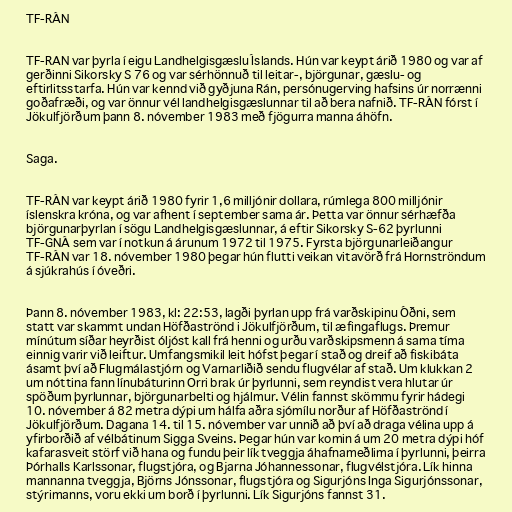
TF-RÁN

TF-RAN var þyrla í eigu Landhelgisgæslu Íslands. Hún var keypt árið 1980 og var af
gerðinni Sikorsky S 76 og var sérhönnuð til leitar-, björgunar, gæslu- og
eftirlitsstarfa. Hún var kennd við gyðjuna Rán, persónugerving hafsins úr norrænni
goðafræði, og var önnur vél landhelgisgæslunnar til að bera nafnið. TF-RÁN fórst í
Jökulfjörðum þann 8. nóvember 1983 með fjögurra manna áhöfn.

Saga.

TF-RÁN var keypt árið 1980 fyrir 1,6 milljónir dollara, rúmlega 800 milljónir
íslenskra króna, og var afhent í september sama ár. Þetta var önnur sérhæfða
björgunarþyrlan í sögu Landhelgisgæslunnar, á eftir Sikorsky S-62 þyrlunni
TF-GNÁ sem var í notkun á árunum 1972 til 1975. Fyrsta björgunarleiðangur
TF-RÁN var 18. nóvember 1980 þegar hún flutti veikan vitavörð frá Hornströndum
á sjúkrahús í óveðri.

Þann 8. nóvember 1983, kl: 22:53, lagði þyrlan upp frá varðskipinu Óðni, sem
statt var skammt undan Höfðaströnd i Jökulfjörðum, til æfingaflugs. Þremur
mínútum síðar heyrðist óljóst kall frá henni og urðu varðskipsmenn á sama tíma
einnig varir við leiftur. Umfangsmikil leit hófst þegar í stað og dreif að fiskibáta
ásamt því að Flugmálastjórn og Varnarliðið sendu flugvélar af stað. Um klukkan 2
um nóttina fann línubáturinn Orri brak úr þyrlunni, sem reyndist vera hlutar úr
spöðum þyrlunnar, björgunarbelti og hjálmur. Vélin fannst skömmu fyrir hádegi
10. nóvember á 82 metra dýpi um hálfa aðra sjómílu norður af Höfðaströnd í
Jökulfjörðum. Dagana 14. til 15. nóvember var unnið að því að draga vélina upp á
yfirborðið af vélbátinum Sigga Sveins. Þegar hún var komin á um 20 metra dýpi hóf
kafarasveit störf við hana og fundu þeir lík tveggja áhafnameðlima í þyrlunni, þeirra
Þórhalls Karlssonar, flugstjóra, og Bjarna Jóhannessonar, flugvélstjóra. Lík hinna
mannanna tveggja, Björns Jónssonar, flugstjóra og Sigurjóns Inga Sigurjónssonar,
stýrimanns, voru ekki um borð í þyrlunni. Lík Sigurjóns fannst 31.